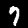
Label: 7